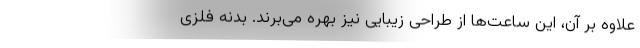
علاوه بر آن، این ساعت‌ها از طراحی زیبایی نیز بهره می‌برند. بدنه فلزی